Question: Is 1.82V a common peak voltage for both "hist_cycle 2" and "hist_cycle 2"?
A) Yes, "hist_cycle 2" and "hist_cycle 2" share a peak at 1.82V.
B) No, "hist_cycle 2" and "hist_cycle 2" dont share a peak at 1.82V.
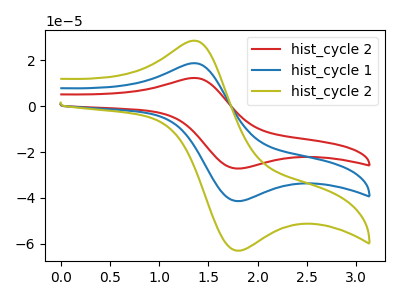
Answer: <think>The red curve "hist_cycle 2" has an anodic peak at (1.35V, 37.55uA) and a cathodic peak at (1.80V, -82.75uA). The blue curve "hist_cycle 1" has an anodic peak at (1.35V, 18.75uA) and a cathodic peak at (1.80V, -41.35uA). The olive curve "hist_cycle 2" has an anodic peak at (1.35V, 28.55uA) and a cathodic peak at (1.80V, -63.00uA).</think>
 <answer>A) Yes, "hist_cycle 2" and "hist_cycle 2" share a peak at 1.82V.</answer>
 <eval>A</eval>